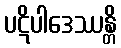
ပဋိပါဒေဿန္တိ